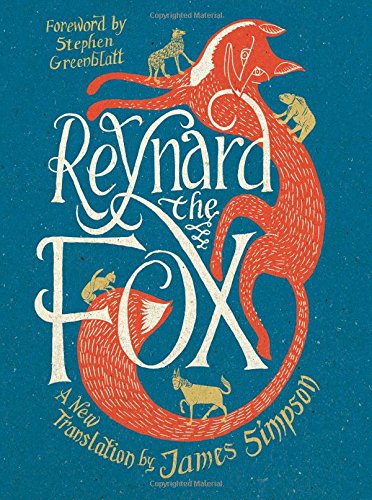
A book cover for Reynard the Fox: A New Translation; Literature & Fiction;